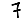
Digit: 7